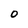
Character: 0